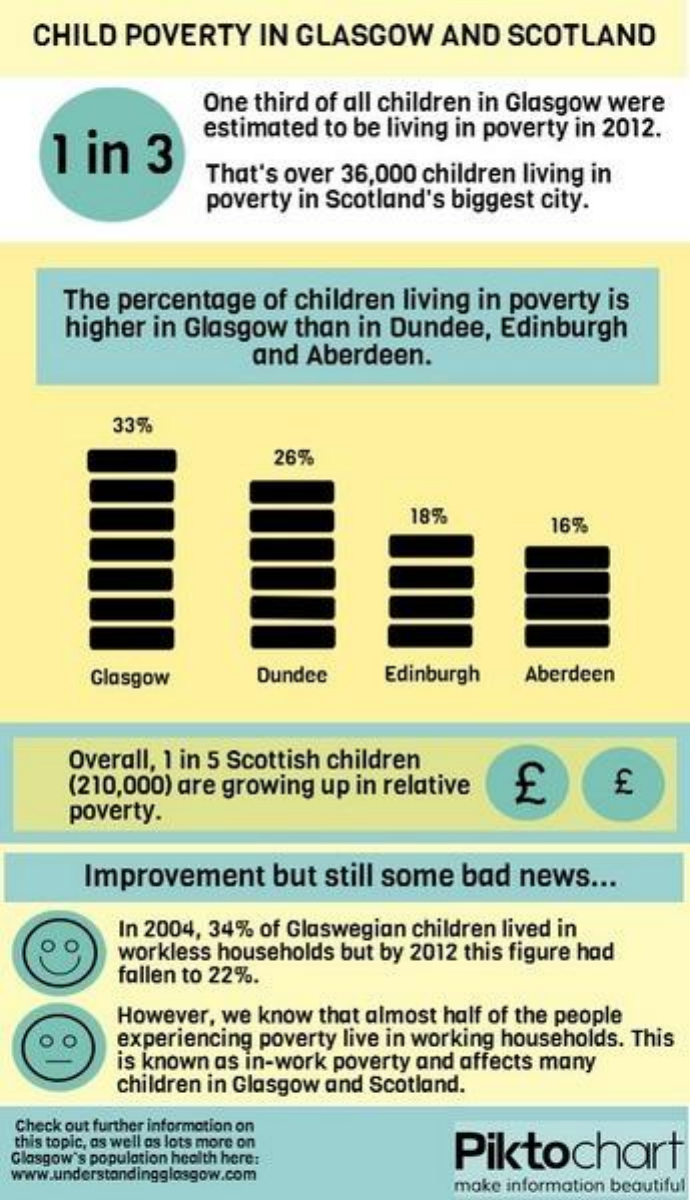
CHILD   POVERTY    IN  GLASGOW    AND    SCOTLAND
     One  third of all children in Glasgow   were
     1  in    3
     estimated   to be living in poverty  in 2012.
     That's  over  36,000 children   living in
     poverty  in Scotland's   biggest  city.
     The  percentage    of  children   living in poverty   is
     higher  in  Glasgow    than  in Dundee,    Edinburgh
     and  Aberdeen.
     33%
     26%
     18%
     16%
     Glasgow    Dundee    Edinburgh    Aberdeen
     Overall,  1 in 5 Scottish children
     CH (210,000) are growing up in relative
     poverty.
     Improvement    but   still some   bad   news    ...
     In 2004, 34%  of Glaswegian   children lived in
    O  O    workless  households  but by  2012 this figure had
     fallen to 22%.
     However,  we  know  that almost  half of the people
     experiencing  poverty  live in working households.  This
     is known  as in-work  poverty and affects many
     children in Glasgow  and Scotland.
  Check out further information on
  this topic, as well as lots more on    Piktochart Glasgow's population health here:
  www.understandingglasgow.com
     make information beautiful